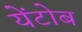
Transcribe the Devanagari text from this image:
येंटोब